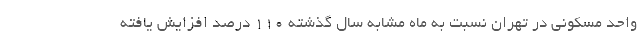
واحد مسکونی در تهران نسبت به ماه مشابه سال گذشته ۱۱۰ درصد افزایش یافته